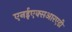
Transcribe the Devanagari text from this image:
एनईएक्सआरएडी